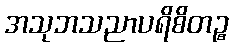
အသုဘသညာပရိစိတဉ္စ